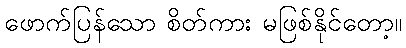
ဖောက်ပြန်သော စိတ်ကား မဖြစ်နိုင်တော့။